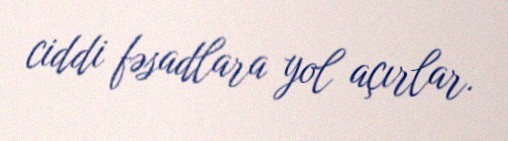
ciddi fəsadlara yol açırlar.